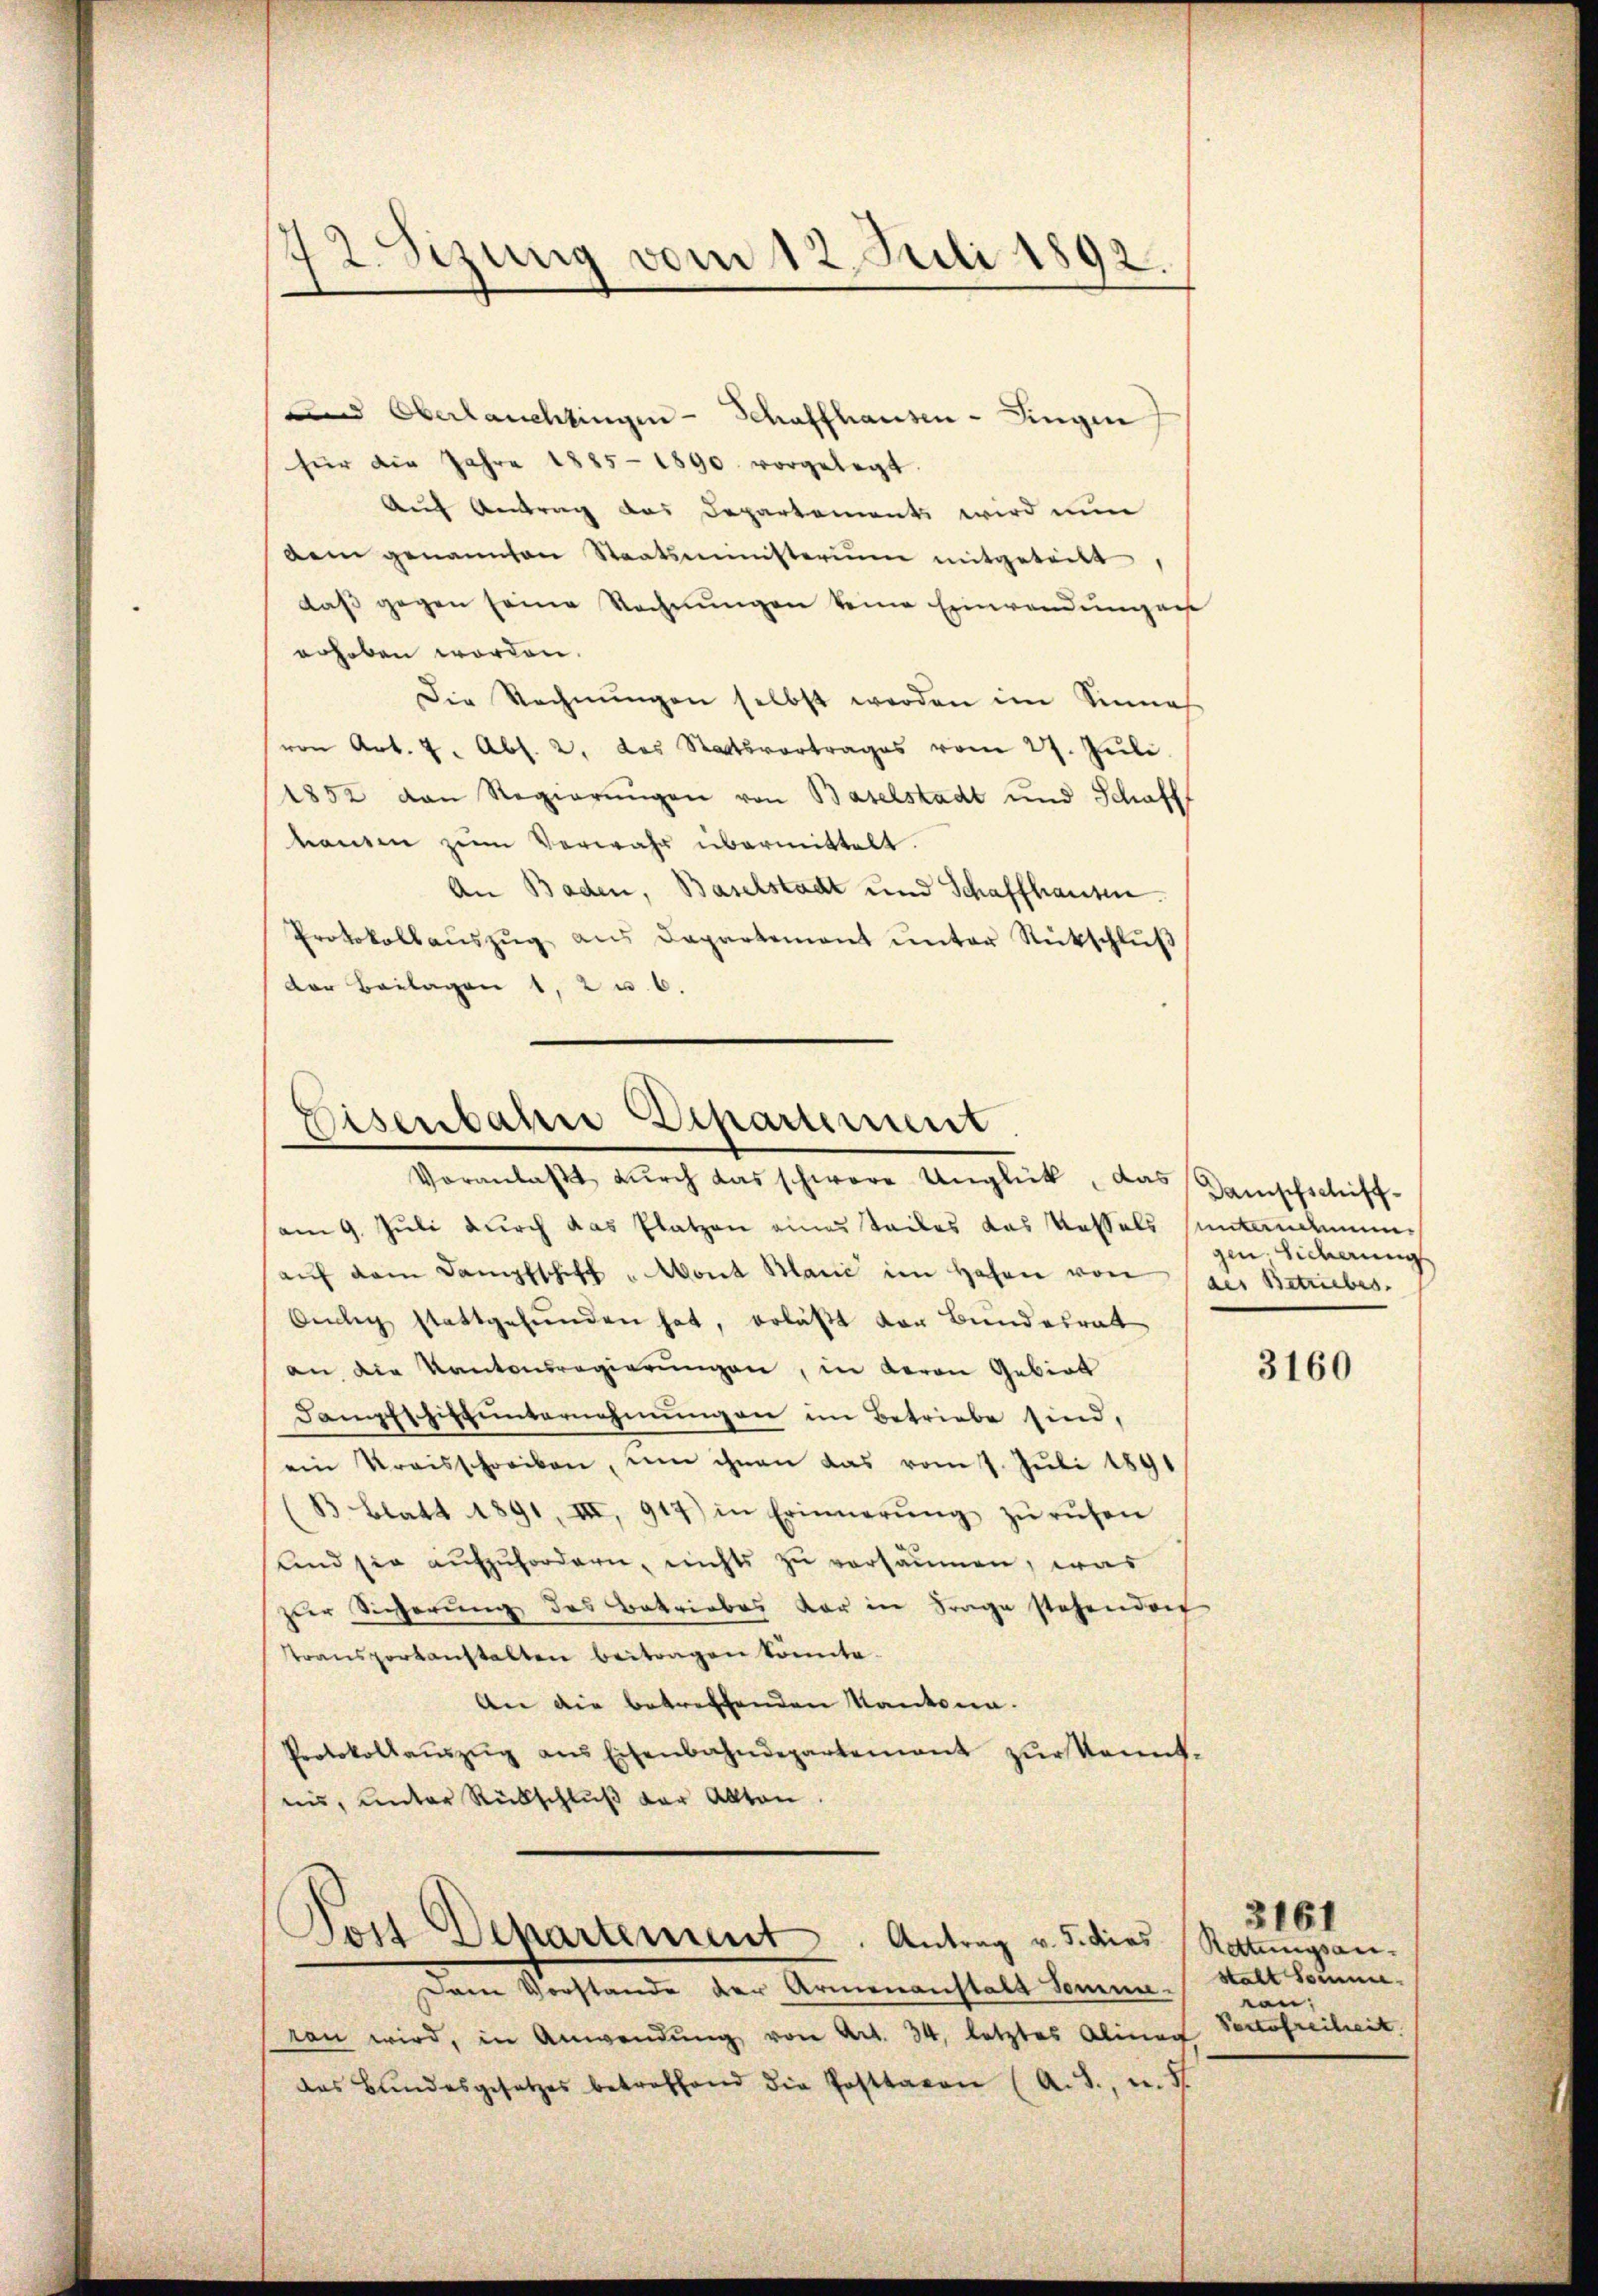
72. Sizung vom 12. Juli 1892.

und Oberlauchtingen - Schaffhausen-Singen
für die Jahre 1885-1890 vorgelegt.
Auf Antrag das Departements wird nun
dem genannten Staatsministerium mitgeteilt,
daß gegen seine Rechnungen keine Einwendungens
erhoben worden.
Die Rechnŭngen selbst werden im Sinnes.
von Art. 7. Abs. 2. das Staatsvertrages vom 27. Jŭli
1852 von Regierŭngen von Baselstadt und Schafft
hauten zum Verwahr übermittelt.
An Baden, Baselstadt und Schaffhausen.
Protokollaŭszŭg aŭs Departement ŭnter Rückschlŭβ
der Beilagen 1, 2 u. 6.

Eisenbahre Departement
Veranlaβt dŭrch das schwere Unglück, das Damischschiff-

am 9. Juli durch das Platzen eines Seiles das Kassels Untendunaŭf dem Dampfschiff "Mont Manić im Hohen von des Betriebes
Anlig stattgefŭnden hat, erläßt der Bundesrat
an die Kantonsregierungen, in deron Gebiet
Dampfschiffunternehmungen im Betriebe sind,
ein Kreisschreiben, um ihnen das vom 1. Juli 1891
(B. Blatt 1891, III, 919) in Erinnerŭng zŭrüfen
und sie aufzufordern, nichts zu versäumen, was
zur Sicherung des Betriebes vor in Frage stehendorf
transportanstalten beitragen könnte.
An die betreffenden Kantona¬
Protokollaŭszŭg ans Eisenbahndepartement zŭr Kennt.
ens, unter Rückschluß der Akten.

Jost Departement. Antrag v. 5. dies

Dem Vorstande der Armenanstals Somme.
ran wird, in Anwendŭng von Art. 34, letztes Aliner
das Bundesgesetzes betreffend die Posttaren (A. S., u. St

gin sicherung

3160

Rettungsanstalt Somme.
en;
Portofreiheit.

3161